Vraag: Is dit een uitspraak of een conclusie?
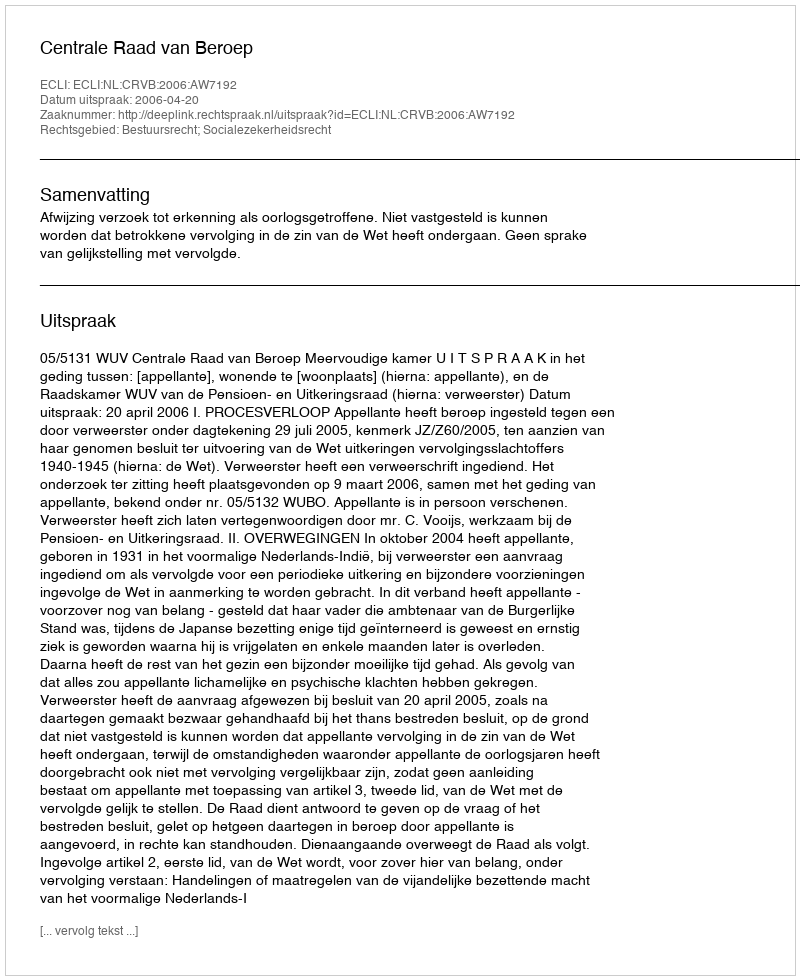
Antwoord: Uitspraak